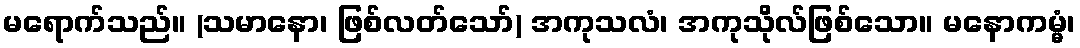
မရောက်သည်။ (သမာနော၊ ဖြစ်လတ်သော်) အကုသလံ၊ အကုသိုလ်ဖြစ်သော။ မနောကမ္မံ၊